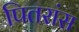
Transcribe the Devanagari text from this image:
पितरांस